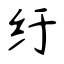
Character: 纡